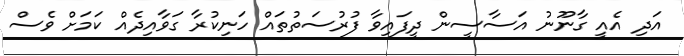
އަދި އެއީ ގާނޫނު އަސާސީން ދީފައިވާ ފުރުސަތުތައް ހަނިކުރާ ގަވާއިދެއް ކަމަށް ވެސް